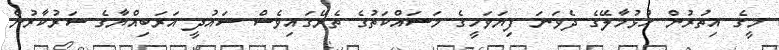
މީގެ އިތުރުން ހުޅުމާލޭގެ ދެވަނަ ފިޔަވަހީގެ މަސައްކަތުގެ ތެރޭގައިވެސް ސައުދީ އަރަބިއްޔާގެ ސަރުކާރުން